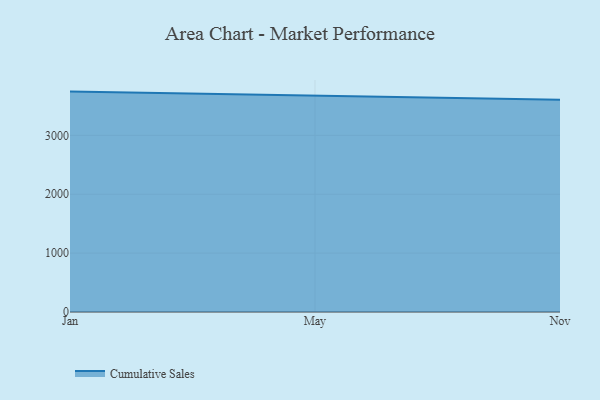
{"axis": {"x": "Month", "y": "Operating Costs (USD K)"}, "legend": ["Cumulative Sales"], "data": [{"x": "Jan", "y": 3743.1, "type": "Cumulative Sales"}, {"x": "May", "y": 3678.2, "type": "Cumulative Sales"}, {"x": "Nov", "y": 3606.0, "type": "Cumulative Sales"}]}